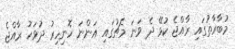
މުބާރާތުގައި ރާއްޖެ ކުޅޭ ދެ ވަނަ މެޗުގައި އަންނަ ހޮނިހިރު ދުވަހު ރާއްޖެ